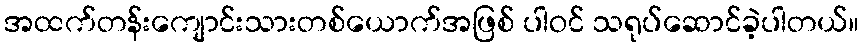
အထက်တန်းကျောင်းသားတစ်ယောက်အဖြစ် ပါဝင် သရုပ်ဆောင်ခဲ့ပါတယ်။